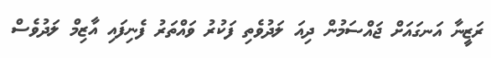
ރަޒީނާ އަނގައަށް ޖައްސަމުން ދިއަ ލަދުވެތި ފަކުރު ވައްތަރު ފެނިފައި އާޒިމް ލަދުވެސް